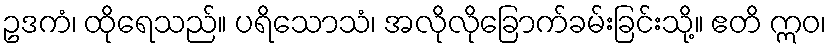
ဥဒကံ၊ ထိုရေသည်။ ပရိသောသံ၊ အလိုလိုခြောက်ခမ်းခြင်းသို့။ ဧတိ ဣဝ၊